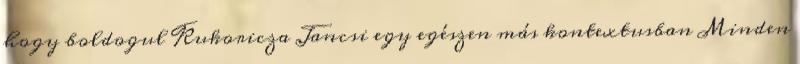
hogy boldogul Kukoricza Jancsi egy egészen más kontextusban Minden